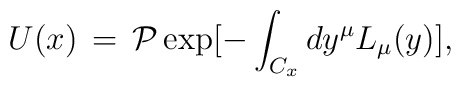
U(x)\,=\, {\cal P} \exp [-\int_{C_x} dy^{\mu} L_{\mu} (y) ],